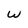
Character: w